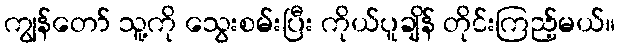
ကျွန်တော် သူ့ကို သွေးစမ်းပြီး ကိုယ်ပူချိန် တိုင်းကြည့်မယ်။